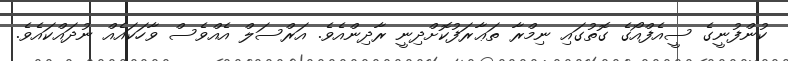
ކުންފުނީގެ ސީއެފްއޯގެ ގޮތުގައި ނިމްރާ ތަޢާރަފުކޮށްދިނީ ރާދިންއެވެ. އަރްސަލް އެއްވެސް ވާހަކައެއް ނުދައްކައެވެ.